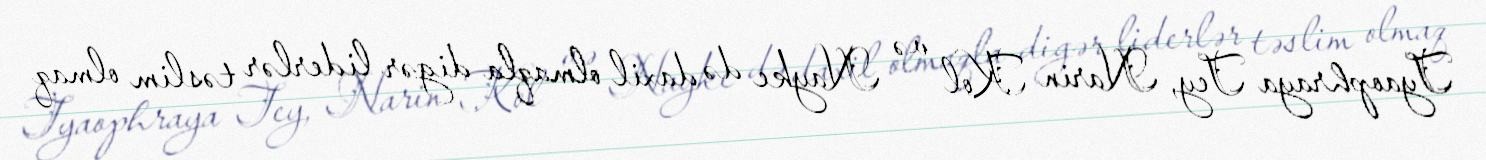
Tyaophraya Tey, Narin Kol və Nayke də daxil olmaqla digər liderlər təslim olmaq